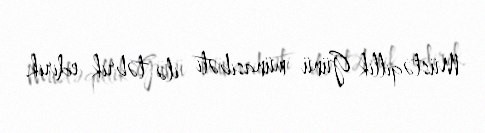
Müstəqillik Günü münasibəti ilə təbrik edirik.